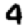
Digit: 4